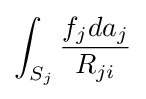
\int _{S_{j}}{\frac {f_{j}da_{j}}{R_{ji}}}